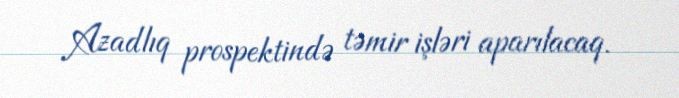
Azadlıq prospektində təmir işləri aparılacaq.